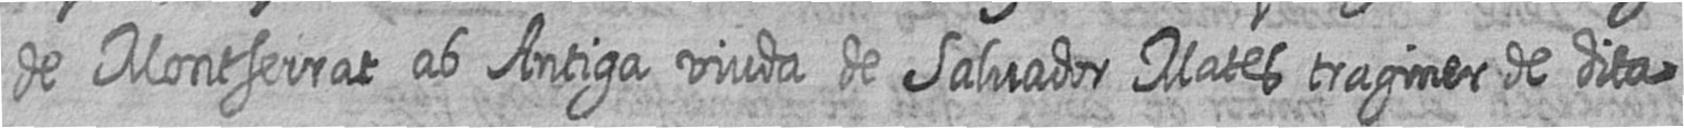
de Montserrat ab Antiga viuda de Salvador Mates traginer de dita